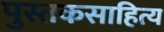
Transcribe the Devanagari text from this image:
पुस्तकसाहित्य